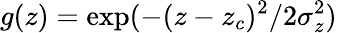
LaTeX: g(z)=\exp(-(z-z_{c})^{2}/2\sigma_{z}^{2})